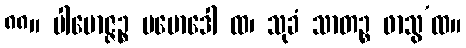
၈၈။ ပါမောဇ္ဇဉ္စ ပမောဒေါ ထ၊ သုခံ သာတဉ္စ ဖာသွ’ထ။